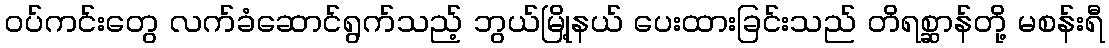
ဝပ်ကင်းတွေ လက်ခံဆောင်ရွက်သည့် ဘွယ်မြို့နယ် ပေးထားခြင်းသည် တိရစ္ဆာန်တို့ မစန်းရီ